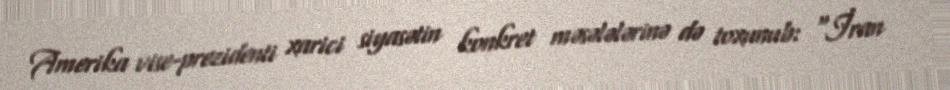
Amerika vise-prezidenti xarici siyasətin konkret məsələlərinə də toxunub: “İran